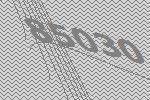
85030